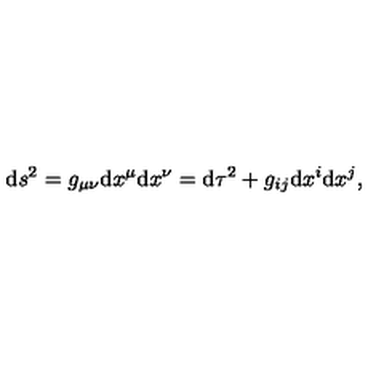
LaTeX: { \mathrm d } s ^ { 2 } = { g } _ { \mu \nu } { \mathrm d } x ^ { \mu } { \mathrm d } x ^ { \nu } = { \mathrm d } \tau ^ { 2 } + { g } _ { i j } { \mathrm d } x ^ { i } { \mathrm d } x ^ { j } ,